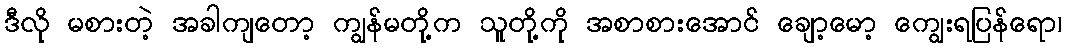
ဒီလို မစားတဲ့ အခါကျတော့ ကျွန်မတို့က သူတို့ကို အစာစားအောင် ချော့မော့ ကျွေးရပြန်ရော၊